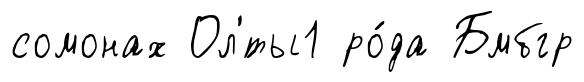
сомонах Ол'́ты1 ро́да Бмбгр